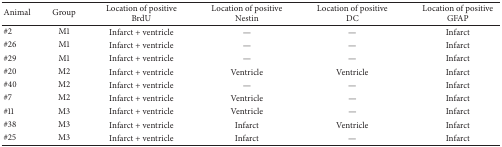
| Animal | Group | Location of positive BrdU | Location of positive Nestin | Location of positive DC | Location of positive GFAP |
 | --- | --- | --- | --- | --- | --- |
 | #2 | M1 | Infarct + ventricle | — | — | Infarct |
 | #26 | M1 | Infarct + ventricle | — | — | Infarct |
 | #29 | M1 | Infarct + ventricle | — | — | Infarct |
 | #20 | M2 | Infarct + ventricle | Ventricle | Ventricle | Infarct |
 | #40 | M2 | Infarct + ventricle | — | — | Infarct |
 | #7 | M2 | Infarct + ventricle | Ventricle | — | Infarct |
 | #11 | M3 | Infarct + ventricle | Ventricle | — | Infarct |
 | #38 | M3 | Infarct + ventricle | Infarct | Ventricle | Infarct |
 | #25 | M3 | Infarct + ventricle | Infarct | — | Infarct |